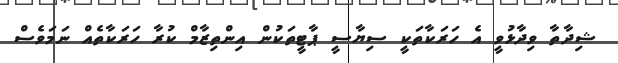
ޝިދާތާ ވިދާޅުވީ އެ ހަރަކާތަކީ ސިޔާސީ ޕާޓީތަކުން އިންތިޒާމް ކުރާ ހަރަކާތެއް ނަމަވެސް